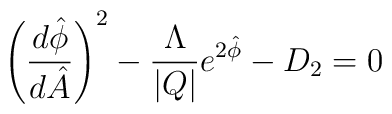
\left( \frac{d\hat{\phi}}{d\hat{A}} \right)^2 -\frac{\Lambda}{|Q|}e^{2\hat{\phi}}-D_2 =0